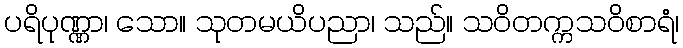
ပရိပုဏ္ဏာ၊ သော။ သုတမယိပညာ၊ သည်။ သဝိတက္ကသဝိစာရံ၊